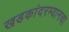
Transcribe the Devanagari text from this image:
खडकांदरम्यानचा